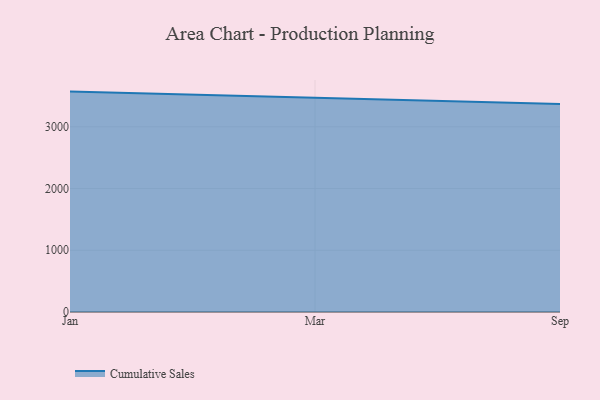
{"axis": {"x": "Month", "y": "Tickets Resolved"}, "legend": ["Cumulative Sales"], "data": [{"x": "Jan", "y": 3570.6, "type": "Cumulative Sales"}, {"x": "Mar", "y": 3473.9, "type": "Cumulative Sales"}, {"x": "Sep", "y": 3368.8, "type": "Cumulative Sales"}]}